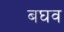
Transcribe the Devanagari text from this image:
बघव